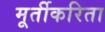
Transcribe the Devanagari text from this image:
मूर्तीकरिता